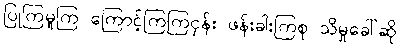
ပြုကြမူကြ ကြောင့်ကြကြငှန်း ဖန်းခါးကြစု သိမှုခေါ်ဆို